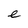
Character: e